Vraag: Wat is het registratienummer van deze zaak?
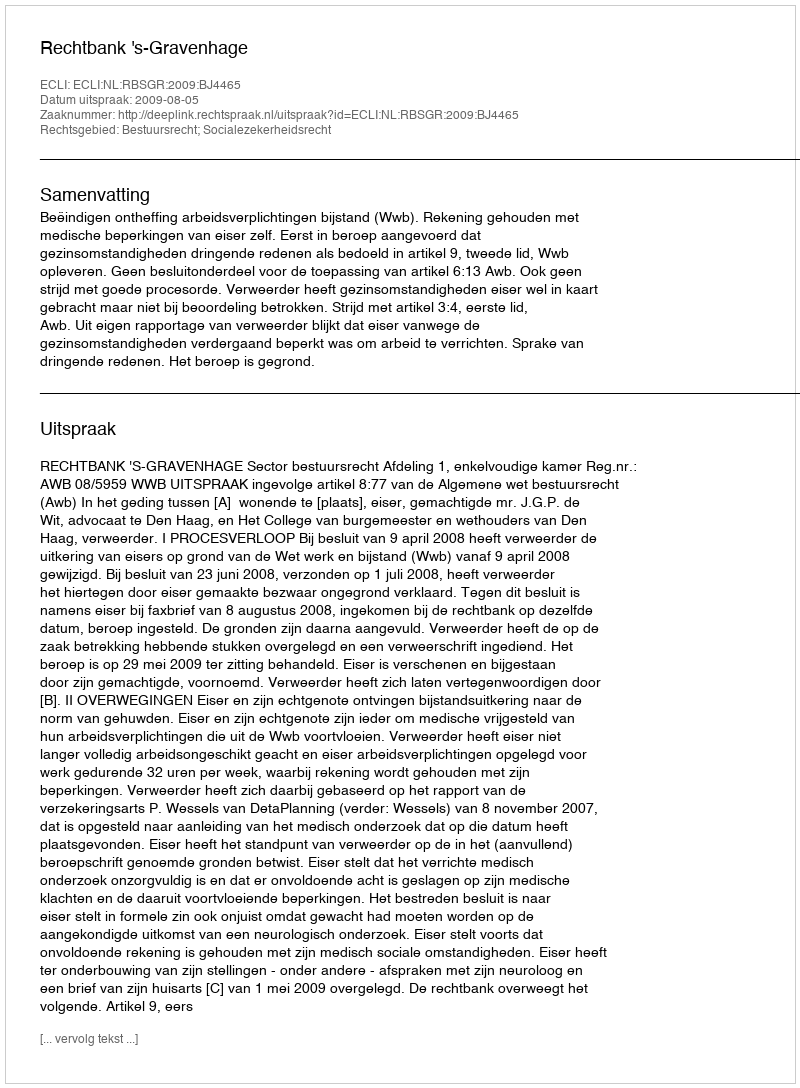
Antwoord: http://deeplink.rechtspraak.nl/uitspraak?id=ECLI:NL:RBSGR:2009:BJ4465